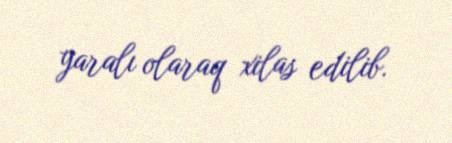
yaralı olaraq xilas edilib.